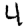
Digit: 4